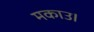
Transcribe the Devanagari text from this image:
मकाउ।